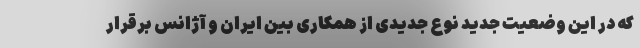
که در این وضعیت جدید نوع جدیدی از همکاری بین ایران و آژانس برقرار